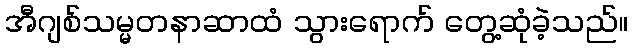
အီဂျစ်သမ္မတနာဆာထံ သွားရောက် တွေ့ဆုံခဲ့သည်။